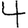
Digit: 4